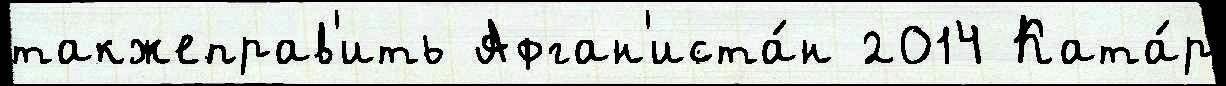
такжеправ'ить Афган'иста́н 2014 Ката́р